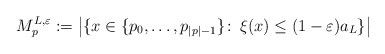
\begin{align*}M^{L,\varepsilon}_p := \left|\{x \in \{p_0, \ldots, p_{|p|-1} \} \colon\, \xi(x) \le (1-\varepsilon) a_L\}\right|\end{align*}